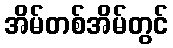
အိမ်တစ်အိမ်တွင်